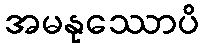
အမနုဿောပိ